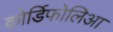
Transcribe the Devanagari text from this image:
कोर्डिफोलिआ